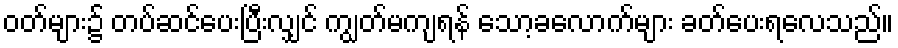
ဝတ်များ၌ တပ်ဆင်ပေးပြီးလျှင် ကျွတ်မကျရန် သော့ခလောက်များ ခတ်ပေးရလေသည်။